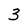
Character: 3